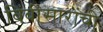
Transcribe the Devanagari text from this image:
बिंबीसारांची